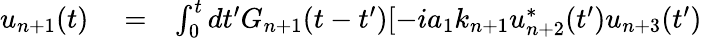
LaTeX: \begin{array}{rlr}{u_{n+1}(t)}&{{}=}&{\int_{0}^{t}dt^{\prime}G_{n+1}(t-t^{\prime})[-ia_{1}k_{n+1}u_{n+2}^{*}(t^{\prime})u_{n+3}(t^{\prime})}\end{array}